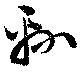
綿